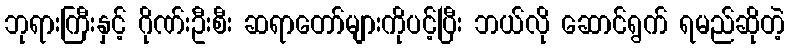
ဘုရားကြီးနှင့် ဂိုဏ်းဦးစီး ဆရာတော်များကိုပင့်ပြီး ဘယ်လို ဆောင်ရွက် ရမည်ဆိုတဲ့